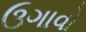
ઉગાવો